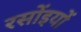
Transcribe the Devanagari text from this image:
रसोंइयों